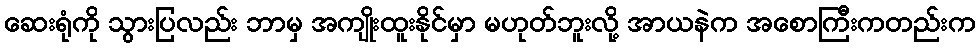
ဆေးရုံကို သွားပြလည်း ဘာမှ အကျိုးထူးနိုင်မှာ မဟုတ်ဘူးလို့ အာယနဲက အစောကြီးကတည်းက